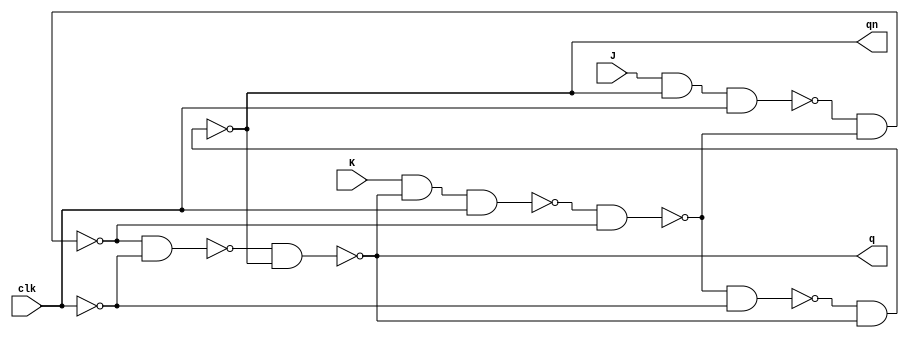
module JK_trigger(clk, J, K, q, qn);
	input J, K, clk; // 
	output q, qn; // 
	wire clk_0, x1, y1, q1, q1n, x2, y2;

	nand(x1, J, qn, clk);
	nand(y1, K, q, clk);
	not(clk_0, clk);
	nand(q1, x1, q1n);
	nand(q1n, y1, q1);
	nand(x2, q1, clk_0);
	nand(y2, q1n, clk_0);
	nand(q, x2, qn);
	nand(qn, y2, q);
endmodule